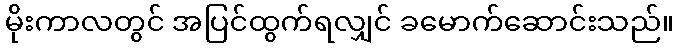
မိုးကာလတွင် အပြင်ထွက်ရလျှင် ခမောက်ဆောင်းသည်။